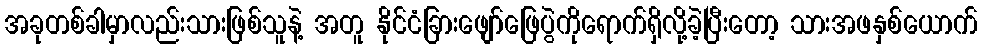
အခုတစ်ခါမှာလည်းသားဖြစ်သူနဲ့ အတူ နိုင်ငံခြားဖျော်ဖြေပွဲကိုရောက်ရှိလို့ခဲ့ပြီးတော့ သားအဖနှစ်ယောက်